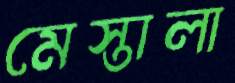
মেস্তালা